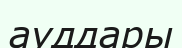
ауддары